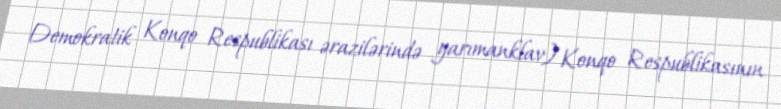
Demokratik Konqo Respublikası ərazilərində yarımanklav) Konqo Respublikasının